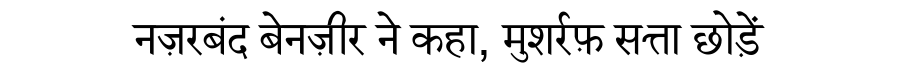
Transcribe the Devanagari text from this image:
नज़रबंद बेनज़ीर ने कहा, मुशर्रफ़ सत्ता छोड़ें